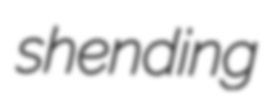
shending